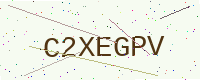
Text: C2XEGPV